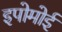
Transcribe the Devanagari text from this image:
इपोमोई